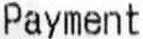
PAYMENT